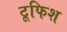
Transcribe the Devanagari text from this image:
टूफिश